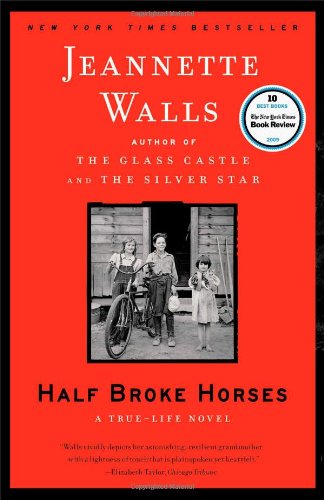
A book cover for Half Broke Horses: A True-Life Novel; Jeannette Walls; Literature & Fiction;